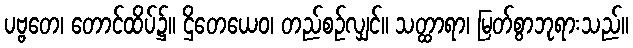
ပဗ္ဗတေ၊ တောင်ထိပ်၌။ ဌိတေယေဝ၊ တည်စဉ်လျှင်။ သတ္ထာရာ၊ မြတ်စွာဘုရားသည်။